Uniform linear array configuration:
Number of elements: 48
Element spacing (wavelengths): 0.75
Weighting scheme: hamming
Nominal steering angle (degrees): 15
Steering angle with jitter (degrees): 13.593
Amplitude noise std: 0.05
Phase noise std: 0.05

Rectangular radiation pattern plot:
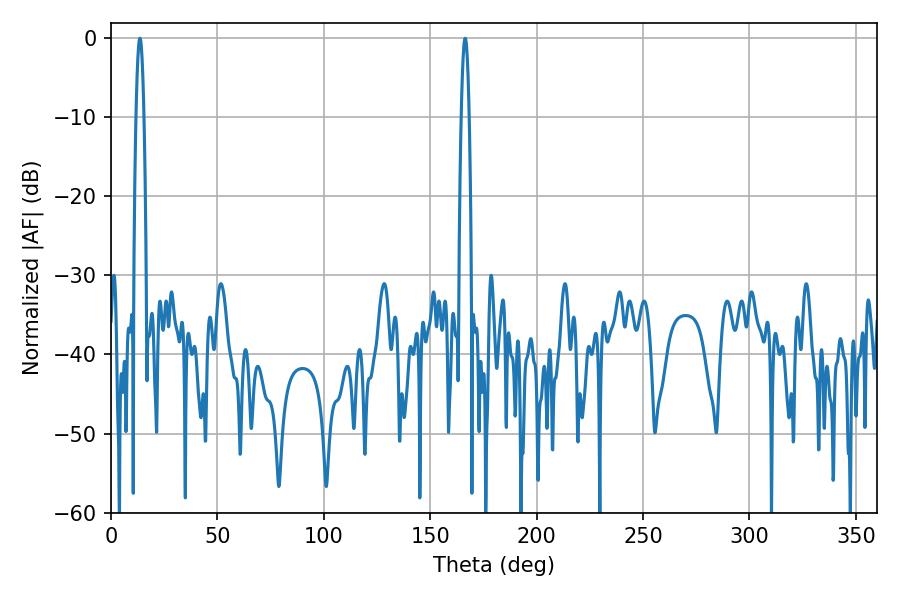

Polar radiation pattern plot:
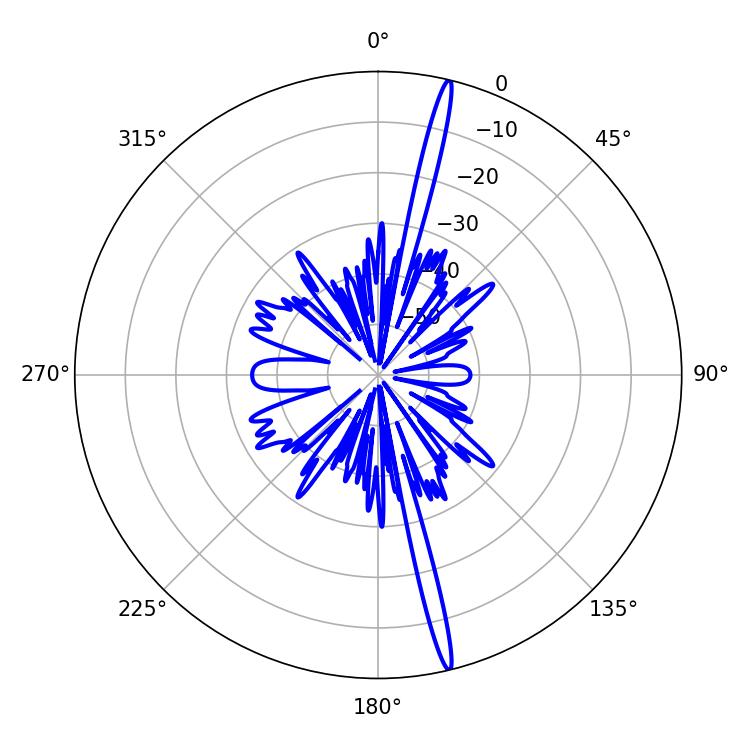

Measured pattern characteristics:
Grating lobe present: TRUE
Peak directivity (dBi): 20.373
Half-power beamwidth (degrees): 1.98
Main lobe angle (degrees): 166.5